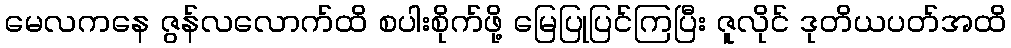
မေလကနေ ဇွန်လလောက်ထိ စပါးစိုက်ဖို့ မြေပြုပြင်ကြပြီး ဇူလိုင် ဒုတိယပတ်အထိ